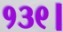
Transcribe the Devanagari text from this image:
१३९।